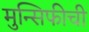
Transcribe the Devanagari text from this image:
मुन्सिफीची